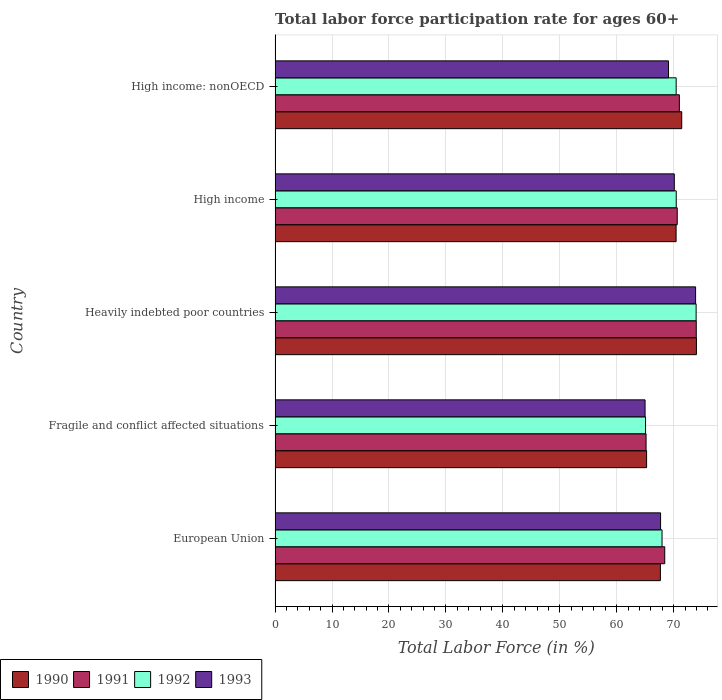
| Country | 1990 | 1991 | 1992 | 1993 |
 | --- | --- | --- | --- | --- |
 | European Union | 67.7 | 68.4 | 68 | 67.7 |
 | Fragile and conflict affected situations | 65.2 | 65.1 | 65.1 | 65 |
 | Heavily indebted poor countries | 74 | 74 | 73.9 | 73.8 |
 | High income | 70.4 | 70.6 | 70.4 | 70.1 |
 | High income: nonOECD | 71.4 | 71 | 70.4 | 69.1 |